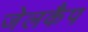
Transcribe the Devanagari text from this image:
जेलकैप